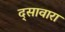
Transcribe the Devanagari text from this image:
द्सावारा